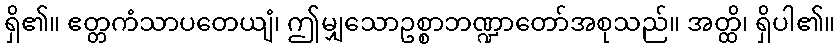
ရှိ၏။ ဧတ္တကံသာပတေယျံ၊ ဤမျှသောဥစ္စာဘဏ္ဍာတော်အစုသည်။ အတ္ထိ၊ ရှိပါ၏။